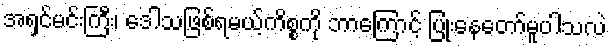
အရှင်မင်းကြီး၊ ဒေါသဖြစ်ရမယ့်ကိစ္စကို ဘာကြောင့် ပြုံးနေတော်မူပါသလဲ